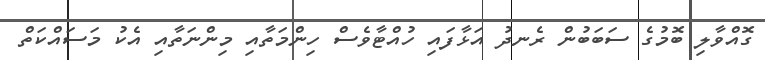
ގޮއްވާލި ބޮމުގެ ސަބަބުން ރެނދު އަޅާފައި ހުއްޓާވެސް ހިންމަތާއި މިންނަތާއި އެކު މަސައްކަތް